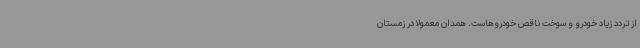
از تردد زیاد خودرو و سوخت ناقص خودروهاست. همدان معمولا در زمستان